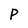
Character: p